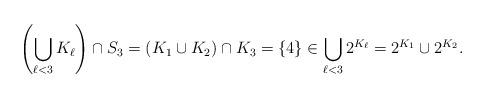
LaTeX: \begin{align*}\left(\bigcup_{\ell<3} K_{\ell}\right) \cap S_{3} = (K_1\cup K_2) \cap K_3 = \{4\} \in \bigcup_{\ell<3} 2^{K_{\ell}} = 2^{K_1} \cup 2^{K_2}.\end{align*}